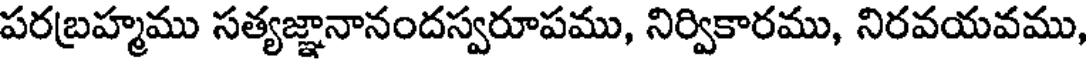
పరబ్రహ్మము సత్యజ్ఞానానందస్వరూపము, నిర్వికారము, నిరవయవము,